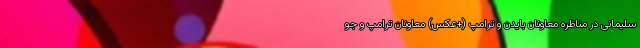
سلیمانی در مناظره معاونان بایدن و ترامپ (+عکس) معاونان ترامپ و جو